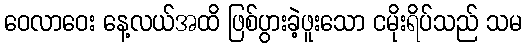
ဝေလာဝေး နေ့လယ်အထိ ဖြစ်ပွားခဲ့ဖူးသော ငမိုးရိပ်သည် သမ